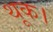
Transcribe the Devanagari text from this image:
थूक।